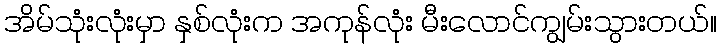
အိမ်သုံးလုံးမှာ နှစ်လုံးက အကုန်လုံး မီးလောင်ကျွမ်းသွားတယ်။